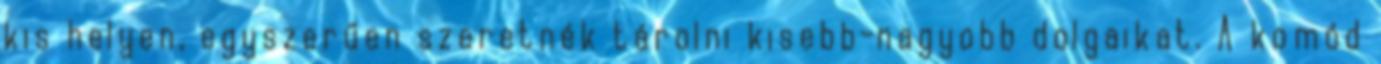
kis helyen, egyszerűen szeretnék tárolni kisebb-nagyobb dolgaikat. A komód